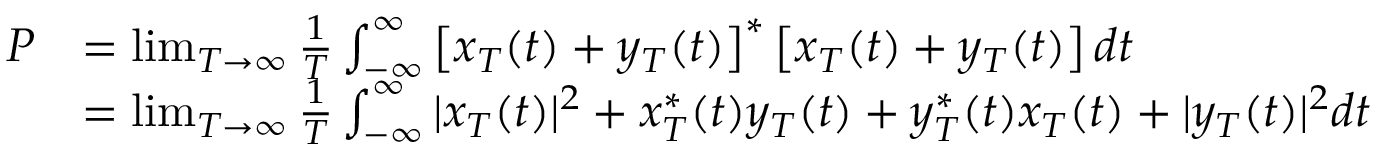
{ \begin{array} { r l } { P } & { = \operatorname* { l i m } _ { T \to \infty } { \frac { 1 } { T } } \int _ { - \infty } ^ { \infty } \left[ x _ { T } ( t ) + y _ { T } ( t ) \right] ^ { * } \left[ x _ { T } ( t ) + y _ { T } ( t ) \right] d t } \\ & { = \operatorname* { l i m } _ { T \to \infty } { \frac { 1 } { T } } \int _ { - \infty } ^ { \infty } | x _ { T } ( t ) | ^ { 2 } + x _ { T } ^ { * } ( t ) y _ { T } ( t ) + y _ { T } ^ { * } ( t ) x _ { T } ( t ) + | y _ { T } ( t ) | ^ { 2 } d t } \end{array} }